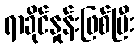
ရာခိုင်နှုန်းဖြစ်ပြီး